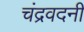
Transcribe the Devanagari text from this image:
चंद्रवदनी